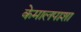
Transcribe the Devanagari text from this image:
केमालपाशा